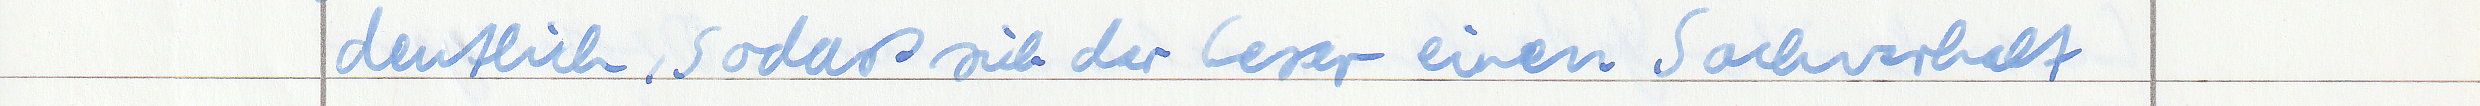
deutlich, sodass sich der Leser einen Sachverhalt